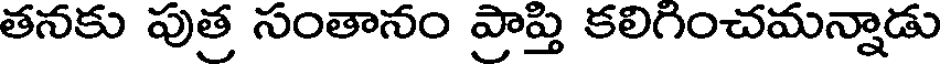
తనకు పుత్ర సంతానం ప్రాప్తి కలిగించమన్నాడు